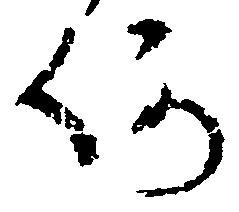
何